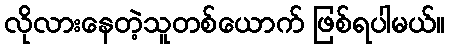
လိုလားနေတဲ့သူတစ်ယောက် ဖြစ်ရပါမယ်။